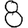
Digit: 8